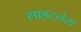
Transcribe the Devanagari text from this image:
साइटलेस